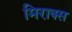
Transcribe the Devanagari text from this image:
मिराक्स